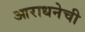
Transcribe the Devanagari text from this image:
आराधनेची